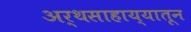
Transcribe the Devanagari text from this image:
अर्थसाहाय्यातून